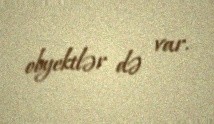
obyektlər də var.